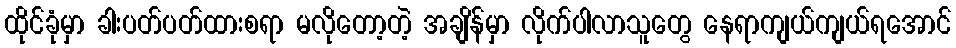
ထိုင်ခုံမှာ ခါးပတ်ပတ်ထားစရာ မလိုတော့တဲ့ အချိန်မှာ လိုက်ပါလာသူတွေ နေရာကျယ်ကျယ်ရအောင်